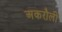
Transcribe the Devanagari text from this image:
अकरौली